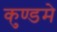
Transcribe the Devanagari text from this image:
कुण्डमे